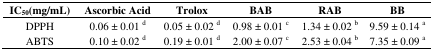
| IC50(mg/mL) | Ascorbic Acid | Trolox | BAB | RAB | BB |
 | --- | --- | --- | --- | --- | --- |
 | DPPH | 0.06 ± 0.01 d | 0.05 ± 0.02 d | 0.98 ± 0.01 c | 1.34 ± 0.02 b | 9.59 ± 0.14 a |
 | ABTS | 0.10 ± 0.02 d | 0.19 ± 0.01 d | 2.00 ± 0.07 c | 2.53 ± 0.04 b | 7.35 ± 0.09 a |